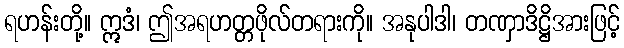
ရဟန်းတို့။ ဣဒံ၊ ဤအရဟတ္တဖိုလ်တရားကို။ အနုပါဒါ၊ တဏှာဒိဋ္ဌိအားဖြင့်